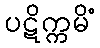
ပဋိက္ကမိံ